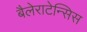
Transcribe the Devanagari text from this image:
बैलेराटेन्सिस